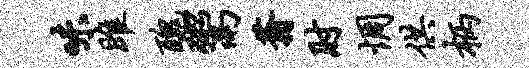
味雎丑鬻蓊肘惆供柄